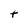
Character: t